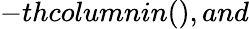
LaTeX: -thcolumnin(),and